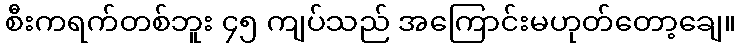
စီးကရက်တစ်ဘူး ၄၅ ကျပ်သည် အကြောင်းမဟုတ်တော့ချေ။